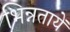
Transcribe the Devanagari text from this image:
भिन्नतायें